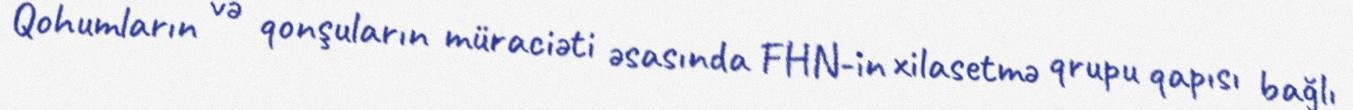
Qohumların və qonşuların müraciəti əsasında FHN-in xilasetmə qrupu qapısı bağlı